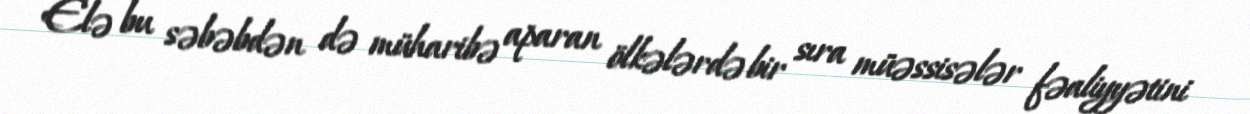
Elə bu səbəbdən də müharibə aparan ölkələrdə bir sıra müəssisələr fəaliyyətini